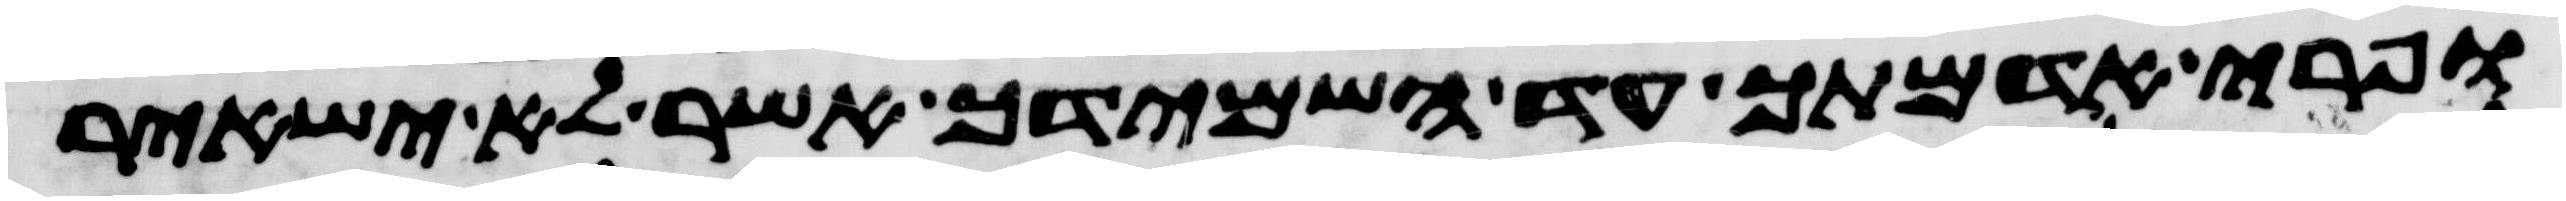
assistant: ופרי אדמתך עד השמידך אשר לא ישאיר